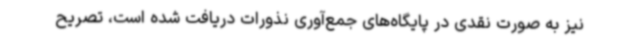
نیز به صورت نقدی در پایگاه‌های جمع‌آوری نذورات دریافت شده است، تصریح